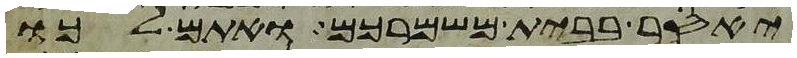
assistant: יאסר בבית משמרכם ואתם לכו